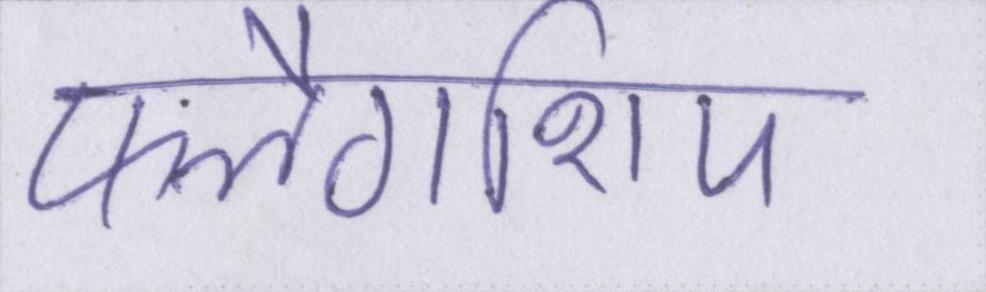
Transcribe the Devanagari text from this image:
फ्लैगशिप